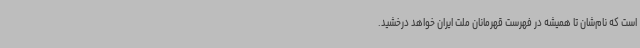
است که نام‌شان تا همیشه در فهرست قهرمانان ملت ایران خواهد درخشید.